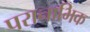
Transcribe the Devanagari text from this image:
परानाभिक